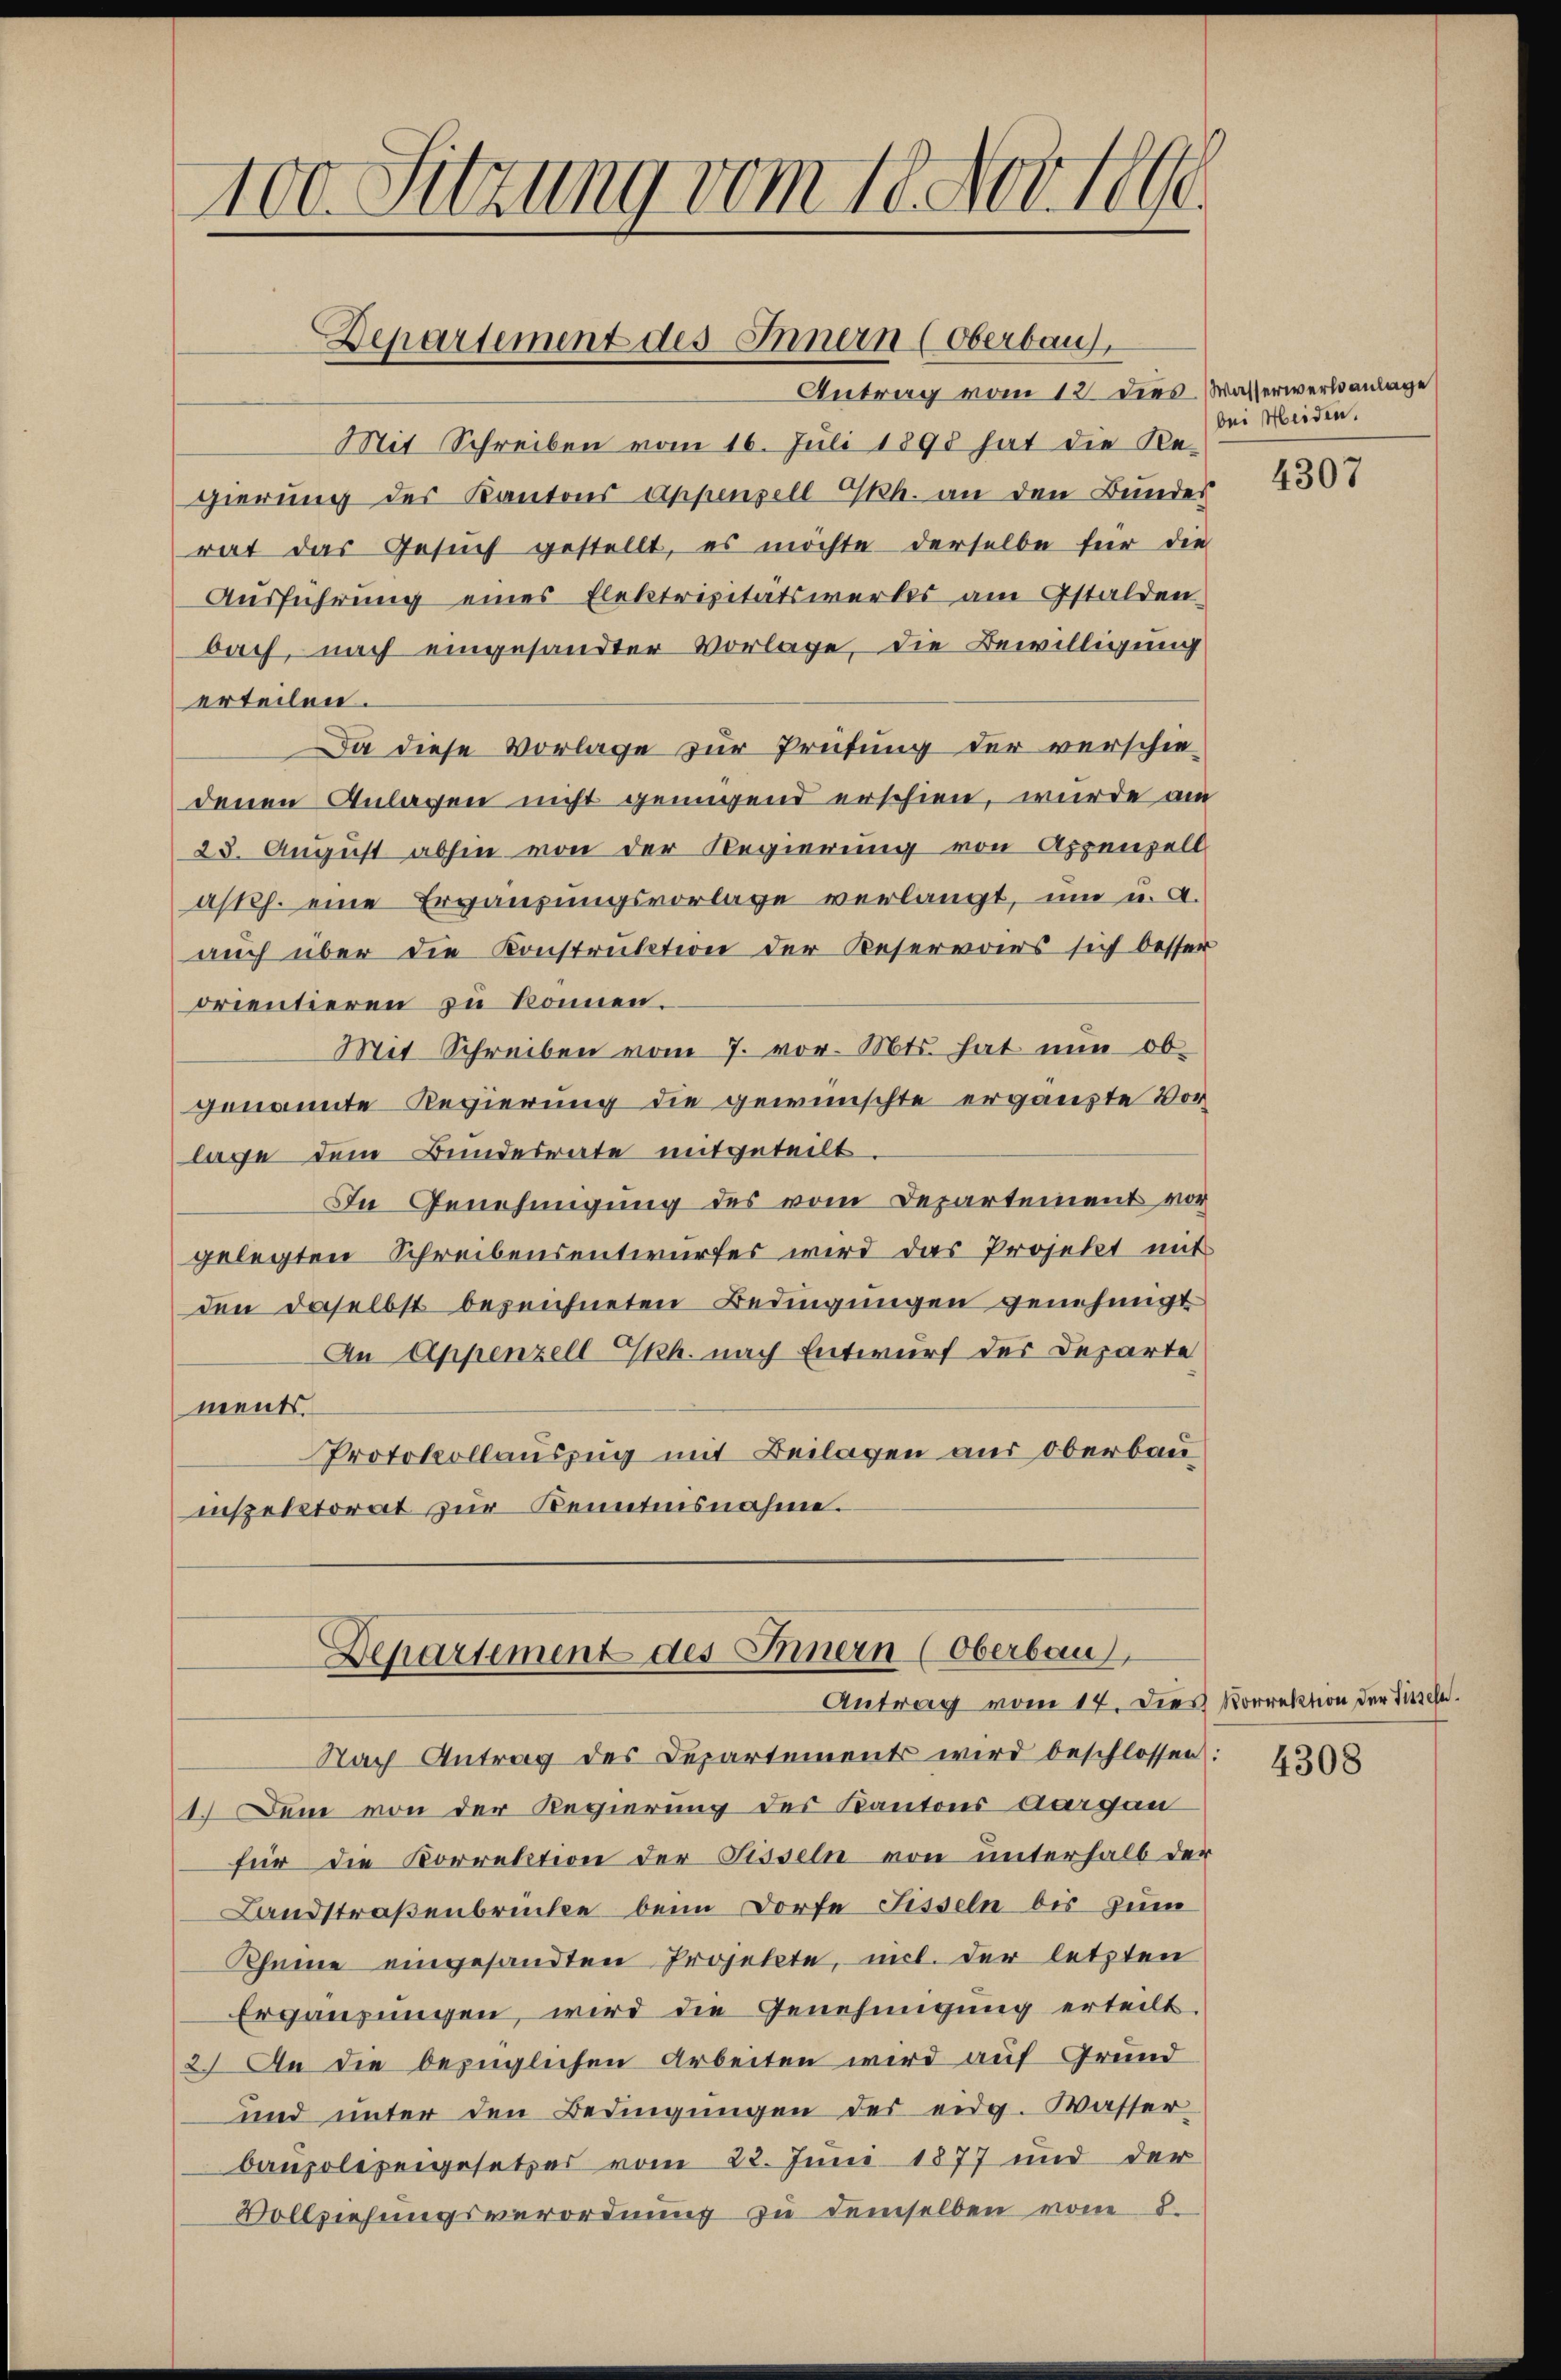
100. Sitzung vom 18. Nov. 199

Departement des Innern (Oberbau,

Antrag vom 12. dies Wasserwerksanlage
Mit Schreiben vom 16. Juli 1898 hat die Re-
gierung des Kantons Appenzell Gskh. an den Bundes
rat das Gesŭch gestellt, es möchte derselbe für die
Ausführung eines Elektrizitätswerkes am Gstalden
bach, nach eingesandter Vorlage, die Bewilligung
erteilen.
Da diese Vorlage zur Prüfung der verschie-
denen Anlagen nicht genügend erschien, wurde am
23. August abhin von der Regierung von Appenzell
asth. eine Ergänzungsvorlage verlangt, um u. A.
auch über die Konstruktion der Beservoirs sich besser
orientieren zu können.
Mit Schreiben vom 7. vor. Mts. hat nun ob
genannte Regierung die gewünschte ergänzte Vorlage dem Bundesrate mitgeteilt.
In Genehmigung des vom Departement vor
gelegten Schreibensentwurfes wird das Projekt mit
den daselbst bezeichneten Bedingungen genehmigt
An Appenzell h. nach Entwurf des Departe
ments.
Protokollauszug mit Beilagen aus Oberbau-
inspektorat zur Kenntnisnahme.
Departement des Innern (Oberbau
Antrag vom 17. Dies Vorrektion der Titsch
Nach Antrag des Departements wird beschlossen:
1.) Dem von der Regierung des Kantons Aargau
für die Korrektion der Fisseln von unterhalb der
Landstraßenbrücken beim Dorfe Fisseln bis zum
Rheine eingesandten Projekte, mit der letzten
Ergänzungen, wird die Genehmigung erteilt.
2.) An die bezüglichen Arbeiten wird auf Grund
und unter den Bedingungen des eidg. Wasser
baupolizeigesetzes vom 22. Juni 1877 und der
Vollziehungsverordnung zu demselben von 8.

bei Heiden.

4307

4308